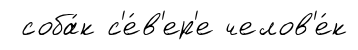
соба́к с'е́в'ер'е челов'е́к